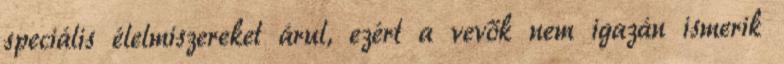
speciális élelmiszereket árul, ezért a vevők nem igazán ismerik